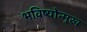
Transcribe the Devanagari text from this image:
भविष्योन्मुख